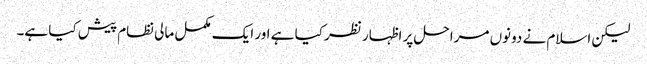
لیکن اسلام نے دونوں مراحل پر اظہار نظر کیا ہے اور ایک مکمل مالی نظام پیش کیا ہے۔